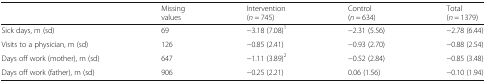
<table><thead><tr><td></td><td><b>Missing values</b></td><td><b>Intervention (<i>n</i> = 745)</b></td><td><b>Control (<i>n</i> = 634)</b></td><td><b>Total (<i>n</i> = 1379)</b></td></tr></thead><tbody><tr><td>Sick days, m (sd)</td><td>69</td><td>−3.18 (7.08)<sup>1</sup></td><td>−2.31 (5.56)</td><td>−2.78 (6.44)</td></tr><tr><td>Visits to a physician, m (sd)</td><td>126</td><td>−0.85 (2.41)</td><td>−0.93 (2.70)</td><td>−0.88 (2.54)</td></tr><tr><td>Days off work (mother), m (sd)</td><td>647</td><td>−1.11 (3.89)<sup>2</sup></td><td>−0.52 (2.84)</td><td>−0.85 (3.48)</td></tr><tr><td>Days off work (father), m (sd)</td><td>906</td><td>−0.25 (2.21)</td><td>0.06 (1.56)</td><td>−0.10 (1.94)</td></tr></tbody></table>